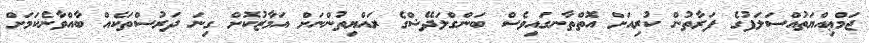
ޖަމްޢިއްޔަތުއްސަލަފުގެ ފަރާތުން ކުރިއަށް އޮތްތާނގައިވެސް ބަންގްލަދޭޝްގެ ރައްޔިތުންނަށް އަމާޒުކޮށް ގިނަ ދަރުސްތަކެއް ބާއްވާނެކަމަށް